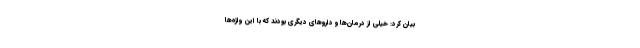
بیان کرد: خیلی از درمان‌ها و داروهای دیگری بودند که با این واژه‌ها